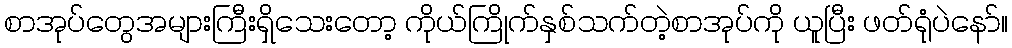
စာအုပ်တွေအများကြီးရှိသေးတော့ ကိုယ်ကြိုက်နှစ်သက်တဲ့စာအုပ်ကို ယူပြီး ဖတ်ရုံပဲနော်။